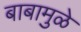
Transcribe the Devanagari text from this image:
बाबामुळे